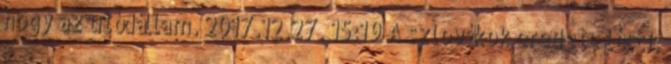
hogy az utódállam. 2017.12.27. 15:19 A szlovákok eredete lécci: